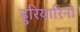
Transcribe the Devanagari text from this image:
हुरियारिनों